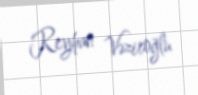
Reyhan Vəziroğlu